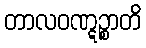
တာလဝဏ္ဋဉ္စာတိ